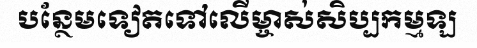
បន្ថែមទៀតទៅលើម្ចាស់សិប្បកម្មឡ